Indian journal of veterinary science and animal husbandry - Volume 13,
Year: 1943
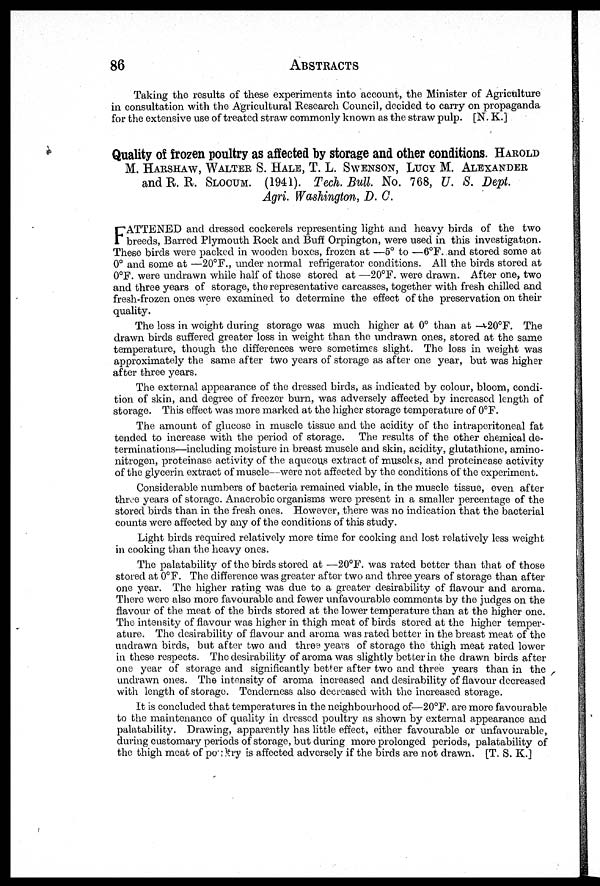
86
ABSTRACTS
Taking the results of these experiments into account, the Minister of Agriculture
in consultation with the Agricultural Research Council, decided to carry on propaganda
for the extensive use of treated straw commonly known as the straw pulp. [N. K.]
Quality of frozen poultry as affected by storage and other conditions. HAROLD
M. HARSHAW, WALTER S. HALE, T. L. SWENSON, LUCY M. ALEXANDER
and R. R. SLOCUM. (1941). Tech. Bull. No. 768, U. S. Dept.
Agri. Washington, D. C.
F ATTENED and dressed cockerels representing light and heavy birds of the two
breeds, Barred Plymouth Rock and Buff Orpington, were used in this investigation.
These birds were packed in wooden boxes, frozen at —5° to —6°F. and stored some at
0° and some at —20°F., under normal refrigerator conditions. All the birds stored at
0°F. were undrawn while half of those stored at —20°F. were drawn. After one, two
and three years of storage, the representative carcasses, together with fresh chilled and
fresh-frozen ones were examined to determine the effect of the preservation on their
quality.
The loss in weight during storage was much higher at 0° than at —20°F. The
drawn birds suffered greater loss in weight than the undrawn ones, stored at the same
temperature, though the differences were sometimes slight. The loss in weight was
approximately the same after two years of storage as after one year, but was higher
after three years.
The external appearance of the dressed birds, as indicated by colour, bloom, condi-
tion of skin, and degree of freezer burn, was adversely affected by increased length of
storage. This effect was more marked at the higher storage temperature of 0°F.
The amount of glucose in muscle tissue and the acidity of the intraperitoneal fat
tended to increase with the period of storage. The results of the other chemical de-
terminations—including moisture in breast muscle and skin, acidity, glutathione, amino¬
nitrogen, proteinase activity of the aqueous extract of muscles, and proteinease activity
of the glycerin extract of muscle—were not affected by the conditions of the experiment.
Considerable numbers of bacteria remained viable, in the muscle tissue, even after
three years of storage. Anaerobic organisms were present in a smaller percentage of the
stored birds than in the fresh ones. However, there was no indication that the bacterial
counts were affected by any of the conditions of this study.
Light birds required relatively more time for cooking and lost relatively less weight
in cooking than the heavy ones.
The palatability of the birds stored at —20°F. was rated better than that of those
stored at 0°F. The difference was greater after two and three years of storage than after
one year. The higher rating was due to a greater desirability of flavour and aroma.
There were also more favourable and fewer unfavourable comments by the judges on the
flavour of the meat of the birds stored at the lower temperature than at the higher one.
The intensity of flavour was higher in thigh meat of birds stored at the higher temper-
ature. The desirability of flavour and aroma was rated better in the breast meat of the
undrawn birds, but after two and three years of storage the thigh meat rated lower
in these respects. The desirability of aroma was slightly better in the drawn birds after
one year of storage and significantly better after two and three years than in the
undrawn ones. The intensity of aroma increased and desirability of flavour decreased
with length of storage. Tenderness also decreased with the increased storage.
It is concluded that temperatures in the neighbourhood of—20°F. are more favourable
to the maintenance of quality in dressed poultry as shown by external appearance and
palatability. Drawing, apparently has little effect, either favourable or unfavourable,
during customary periods of storage, but during more prolonged periods, palatability of
the thigh meat of poultry is affected adversely if the birds are not drawn. [T. S. K.]